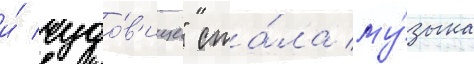
и́ чудо́в'ище" ста́ла му́зыка